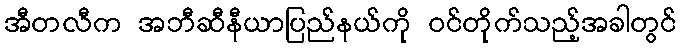
အီတလီက အဘီဆီနီယာပြည်နယ်ကို ဝင်တိုက်သည့်အခါတွင်